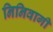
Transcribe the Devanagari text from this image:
निनिवागी